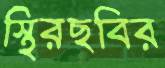
স্থিরছবির